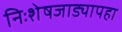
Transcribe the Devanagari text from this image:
निःशेषजाड्यापहा